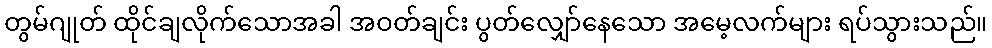
တွမ်ဂျုတ် ထိုင်ချလိုက်သောအခါ အဝတ်ချင်း ပွတ်လျှော်နေသော အမေ့လက်များ ရပ်သွားသည်။